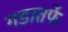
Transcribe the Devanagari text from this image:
गडातर्फे